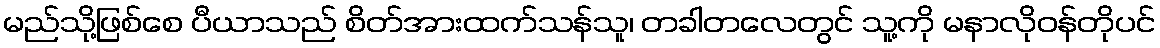
မည်သို့ဖြစ်စေ ပီယာသည် စိတ်အားထက်သန်သူ၊ တခါတလေတွင် သူ့ကို မနာလိုဝန်တိုပင်